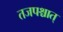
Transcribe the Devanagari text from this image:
तजपश्चात्